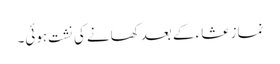
نماز عشاء کے بعد کھانے کی نشت ہوئی۔